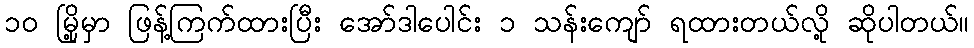
၁၀ မြို့မှာ ဖြန့်ကြက်ထားပြီး အော်ဒါပေါင်း ၁ သန်းကျော် ရထားတယ်လို့ ဆိုပါတယ်။